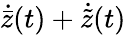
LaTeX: \dot{\bar{z}}(t)+\dot{\tilde{z}}(t)